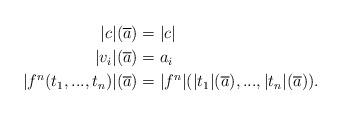
LaTeX: \begin{align*}|c|(\overline{a}) &= |c| \\|v_i|(\overline{a}) &= a_i \\|f^n(t_1,...,t_n)|(\overline{a}) &= |f^n|(|t_1|(\overline{a}),...,|t_n|(\overline{a})).\end{align*}